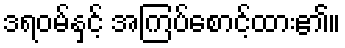
ဒရဝမ်နှင့် အကြပ်စောင့်ထား၏။